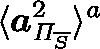
\langle \boldsymbol { a } _ { \mathit { \Pi } _ { \overline { { S } } } } ^ { 2 } \rangle ^ { a }